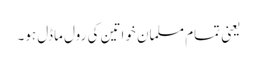
یعنی تمام مسلمان خواتین کی رول ماڈل ہو۔